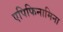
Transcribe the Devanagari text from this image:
एपिफिनामिना